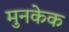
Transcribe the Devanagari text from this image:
मुनकेक